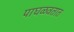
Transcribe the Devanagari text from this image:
पाघळवतात